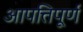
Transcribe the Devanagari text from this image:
आपत्तिपूर्ण